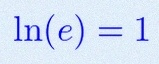
\ln(e)=1